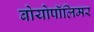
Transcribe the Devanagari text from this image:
बोयोपॉलिमर